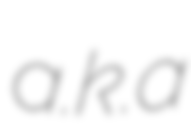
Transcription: a.k.a